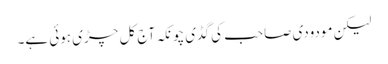
لیکن مودودی صاحب کی گڈی چونکہ آج کل چڑی ہوئی ہے۔